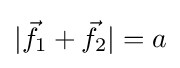
|{\vec {f}}_{1}+{\vec {f}}_{2}|=a